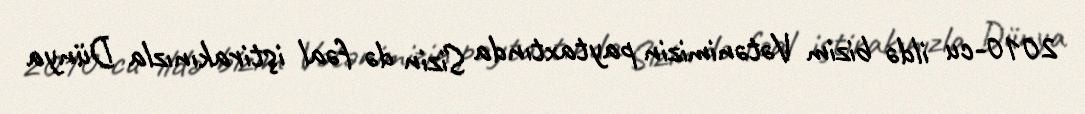
2010-cu ildə bizim Vətənimizin paytaxtında Sizin də fəal iştirakınızla Dünya